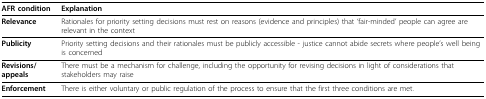
| AFR condition | Explanation |
 | --- | --- |
 | Relevance | Rationales for priority setting decisions must rest on reasons (evidence and principles) that 'fair-minded' people can agree are relevant in the context |
 | Publicity | Priority setting decisions and their rationales must be publicly accessible - justice cannot abide secrets where people's well being is concerned |
 | Revisions/appeals | There must be a mechanism for challenge, including the opportunity for revising decisions in light of considerations that stakeholders may raise |
 | Enforcement | There is either voluntary or public regulation of the process to ensure that the first three conditions are met. |